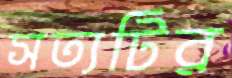
সত্যটির